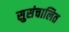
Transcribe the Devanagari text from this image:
सुसंचालित